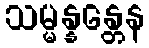
သမ္မန္နန္တေန